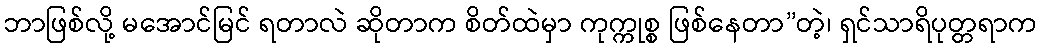
ဘာဖြစ်လို့ မအောင်မြင် ရတာလဲ ဆိုတာက စိတ်ထဲမှာ ကုက္ကုစ္စ ဖြစ်နေတာ”တဲ့၊ ရှင်သာရိပုတ္တရာက